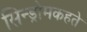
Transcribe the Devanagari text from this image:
सिन्ड्रोमकहते